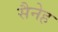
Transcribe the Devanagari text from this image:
सैनेह